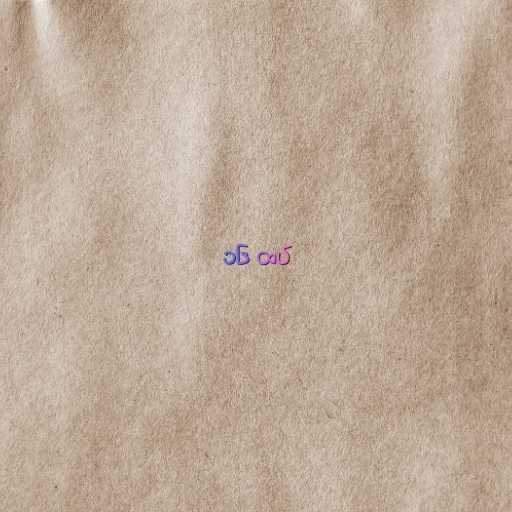
၁၆ ထပ်